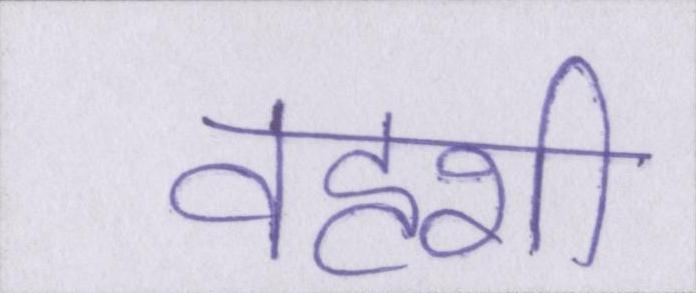
वहशी